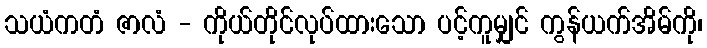
သယံကတံ ဇာလံ - ကိုယ်တိုင်လုပ်ထားသော ပင့်ကူမျှင် ကွန်ယက်အိမ်ကို၊